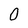
Character: 0